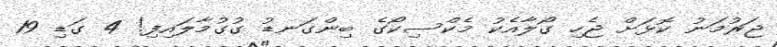
ޖަރުމަނު ކޮޅަށް ޖެހި ގޯލާއެކު މެކްސިކޯގެ ބިންގަނޑު ގުގުމާލައިފި! 4 ގަޑި 19